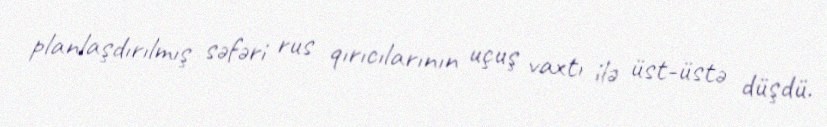
planlaşdırılmış səfəri rus qırıcılarının uçuş vaxtı ilə üst-üstə düşdü.